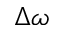
\Delta \omega